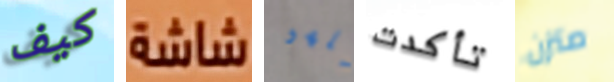
كيف شاشة نلهو تأكدت متزن